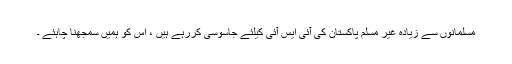
مسلمانوں سے زیادہ غیر مسلم پاکستان کی آئی ایس آئی کیلئے جاسوسی کررہے ہیں ، اس کو ہمیں سمجھنا چاہئے ۔